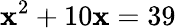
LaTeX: \mathbf{x}^{2}+10\mathbf{x}=39